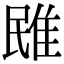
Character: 𨾧